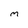
Character: m